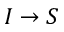
I \to S